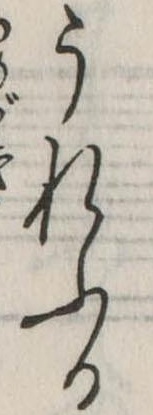
うれふる